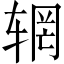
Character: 辋